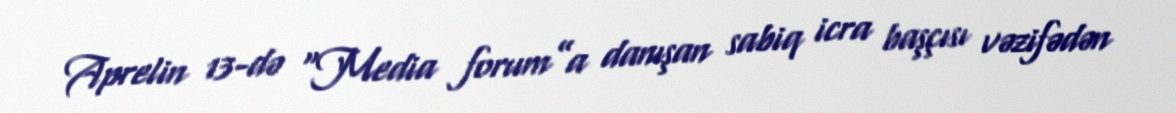
Aprelin 13-də “Media forum”a danışan sabiq icra başçısı vəzifədən